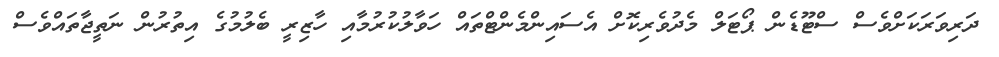
ދަރިވަރަކަށްވެސް ސްޓޫޑެން ޕޯޓަލް މެދުވެރިކޮށް އެސައިންމެންޓްތައް ހަވާލުކުރުމާއި ހާޒިރީ ބެލުމުގެ އިތުރުން ނަތީޖާތައްވެސް